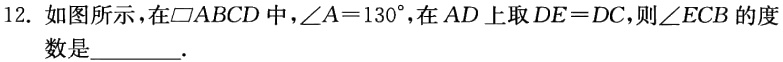
12. 如图所示，在$\square ABCD$中，$\angle A = 130^{\circ}$，在$AD$上取$DE = DC$，则$\angle ECB$的度数是________.